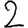
Digit: 2